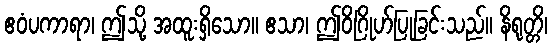
ဧဝံပကာရာ၊ ဤသို့ အထူးရှိသော။ ဧသာ၊ ဤဝိဂြိုဟ်ပြုခြင်းသည်။ နိရုတ္တိ၊